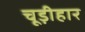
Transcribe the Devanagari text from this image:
चूड़ीहार